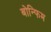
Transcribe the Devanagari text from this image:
बोन्फिम